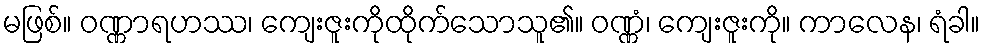
မဖြစ်။ ဝဏ္ဏာရဟဿ၊ ကျေးဇူးကိုထိုက်သောသူ၏။ ဝဏ္ဏံ၊ ကျေးဇူးကို။ ကာလေန၊ ရံခါ။